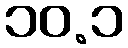
၁၀.၁